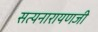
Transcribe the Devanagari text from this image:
सत्यनारायणजी